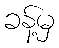
ခန့်မှ